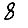
Digit: 8